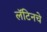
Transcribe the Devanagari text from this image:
लॅटिनचे